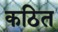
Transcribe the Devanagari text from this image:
कठित